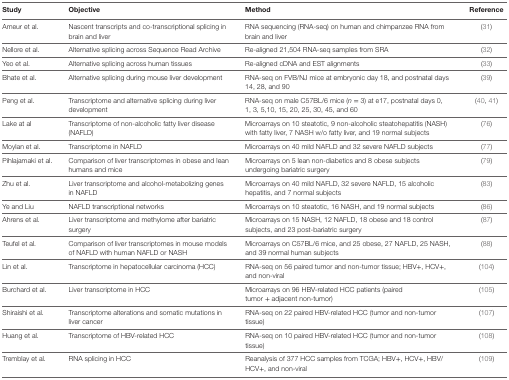
<table><thead><tr><td><b>Study</b></td><td><b>Objective</b></td><td><b>Method</b></td><td><b>Reference</b></td></tr></thead><tbody><tr><td>Ameur et al.</td><td>Nascent transcripts and co-transcriptional splicing in brain and liver</td><td>RNA sequencing (RNA-seq) on human and chimpanzee RNA from brain and liver</td><td>(31)</td></tr><tr><td>Nellore et al.</td><td>Alternative splicing across Sequence Read Archive</td><td>Re-aligned 21,504 RNA-seq samples from SRA</td><td>(32)</td></tr><tr><td>Yeo et al.</td><td>Alternative splicing across human tissues</td><td>Re-aligned cDNA and EST alignments</td><td>(33)</td></tr><tr><td>Bhate et al.</td><td>Alternative splicing during mouse liver development</td><td>RNA-seq on FVB/NJ mice at embryonic day 18, and postnatal days 14, 28, and 90</td><td>(39)</td></tr><tr><td>Peng et al.</td><td>Transcriptome and alternative splicing during liver development</td><td>RNA-seq on male C57BL/6 mice (<i>n</i> = 3) at e17, postnatal days 0, 1, 3, 5,10, 15, 20, 25, 30, 45, and 60</td><td>(40, 41)</td></tr><tr><td>Lake at al</td><td>Transcriptome of non-alcoholic fatty liver disease (NAFLD)</td><td>Microarrays on 10 steatotic, 9 non-alcoholic steatohepatitis (NASH) with fatty liver, 7 NASH w/o fatty liver, and 19 normal subjects</td><td>(76)</td></tr><tr><td>Moylan et al.</td><td>Transcriptome in NAFLD</td><td>Microarrays on 40 mild NAFLD and 32 severe NAFLD subjects</td><td>(77)</td></tr><tr><td>Pihlajamaki et al.</td><td>Comparison of liver transcriptomes in obese and lean humans and mice</td><td>Microarrays on 5 lean non-diabetics and 8 obese subjects undergoing bariatric surgery</td><td>(79)</td></tr><tr><td>Zhu et al.</td><td>Liver transcriptome and alcohol-metabolizing genes in NAFLD</td><td>Microarrays on 40 mild NAFLD, 32 severe NAFLD, 15 alcoholic hepatitis, and 7 normal subjects</td><td>(83)</td></tr><tr><td>Ye and Liu</td><td>NAFLD transcriptional networks</td><td>Microarrays on 10 steatotic, 16 NASH, and 19 normal subjects</td><td>(86)</td></tr><tr><td>Ahrens et al.</td><td>Liver transcriptome and methylome after bariatric surgery</td><td>Microarrays on 15 NASH, 12 NAFLD, 18 obese and 18 control subjects, and 23 post-bariatric surgery</td><td>(87)</td></tr><tr><td>Teufel et al.</td><td>Comparison of liver transcriptomes in mouse models of NAFLD with human NAFLD or NASH</td><td>Microarrays on C57BL/6 mice, and 25 obese, 27 NAFLD, 25 NASH, and 39 normal human subjects</td><td>(88)</td></tr><tr><td>Lin et al.</td><td>Transcriptome in hepatocellular carcinoma (HCC)</td><td>RNA-seq on 56 paired tumor and non-tumor tissue; HBV+, HCV+, and non-viral</td><td>(104)</td></tr><tr><td>Burchard et al.</td><td>Liver transcriptome in HCC</td><td>Microarrays on 96 HBV-related HCC patients (paired tumor + adjacent non-tumor)</td><td>(105)</td></tr><tr><td>Shiraishi et al.</td><td>Transcriptome alterations and somatic mutations in liver cancer</td><td>RNA-seq on 22 paired HBV-related HCC (tumor and non-tumor tissue)</td><td>(107)</td></tr><tr><td>Huang et al.</td><td>Transcriptome of HBV-related HCC</td><td>RNA-seq on 10 paired HBV-related HCC (tumor and non-tumor tissue)</td><td>(108)</td></tr><tr><td>Tremblay et al.</td><td>RNA splicing in HCC</td><td>Reanalysis of 377 HCC samples from TCGA; HBV+, HCV+, HBV/HCV+, and non-viral</td><td>(109)</td></tr></tbody></table>